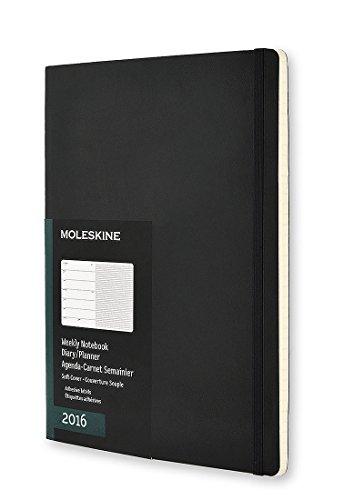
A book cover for Moleskine 2016 Weekly Notebook, 12M, Extra Large, Black, Soft Cover (7.5 x 10); Moleskine; Calendars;